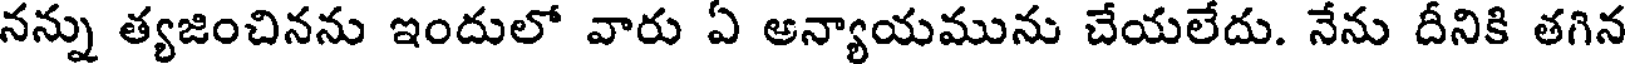
నన్ను త్యజించినను ఇందులో వారు ఏ అన్యాయమును చేయలేదు. నేను దీనికి తగిన